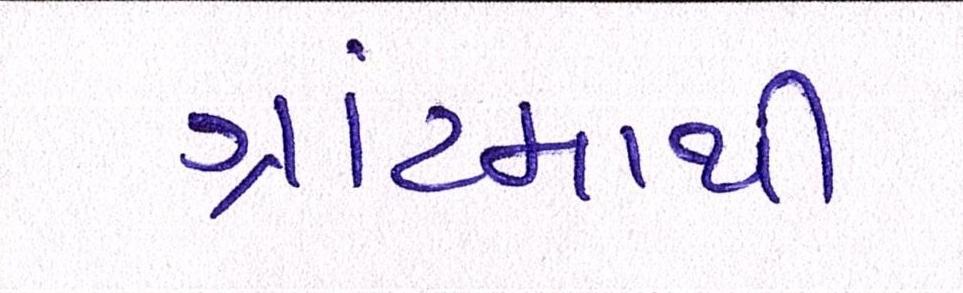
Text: ગ્રાંટમાથી